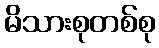
မိသားစုတစ်စု